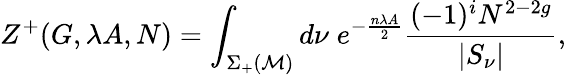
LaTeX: Z^{+}(G,\lambda A,N)=\int_{\Sigma_{+}({\cal M})}d\nu\; e^{-\frac{n\lambda A}{2}}\frac{(-1)^{i}N^{2-2g}}{|S_{\nu}|},